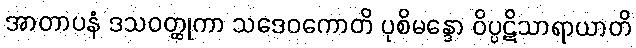
အာတာပနံ ဒသဝတ္ထုကာ သဒေဝကောတိ ပုစိမန္ဒော ဝိပ္ပဋိသာရာယာတိ